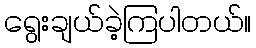
ရွေးချယ်ခဲ့ကြပါတယ်။